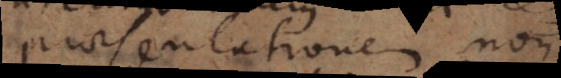
epraesentationem non